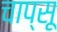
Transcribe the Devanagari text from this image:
चाप्सू